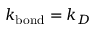
k _ { \mathrm { b o n d } } = k _ { D }